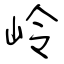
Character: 岭